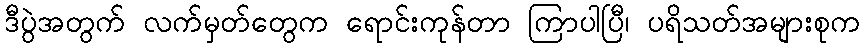
ဒီပွဲအတွက် လက်မှတ်တွေက ရောင်းကုန်တာ ကြာပါပြီ၊ ပရိသတ်အများစုက